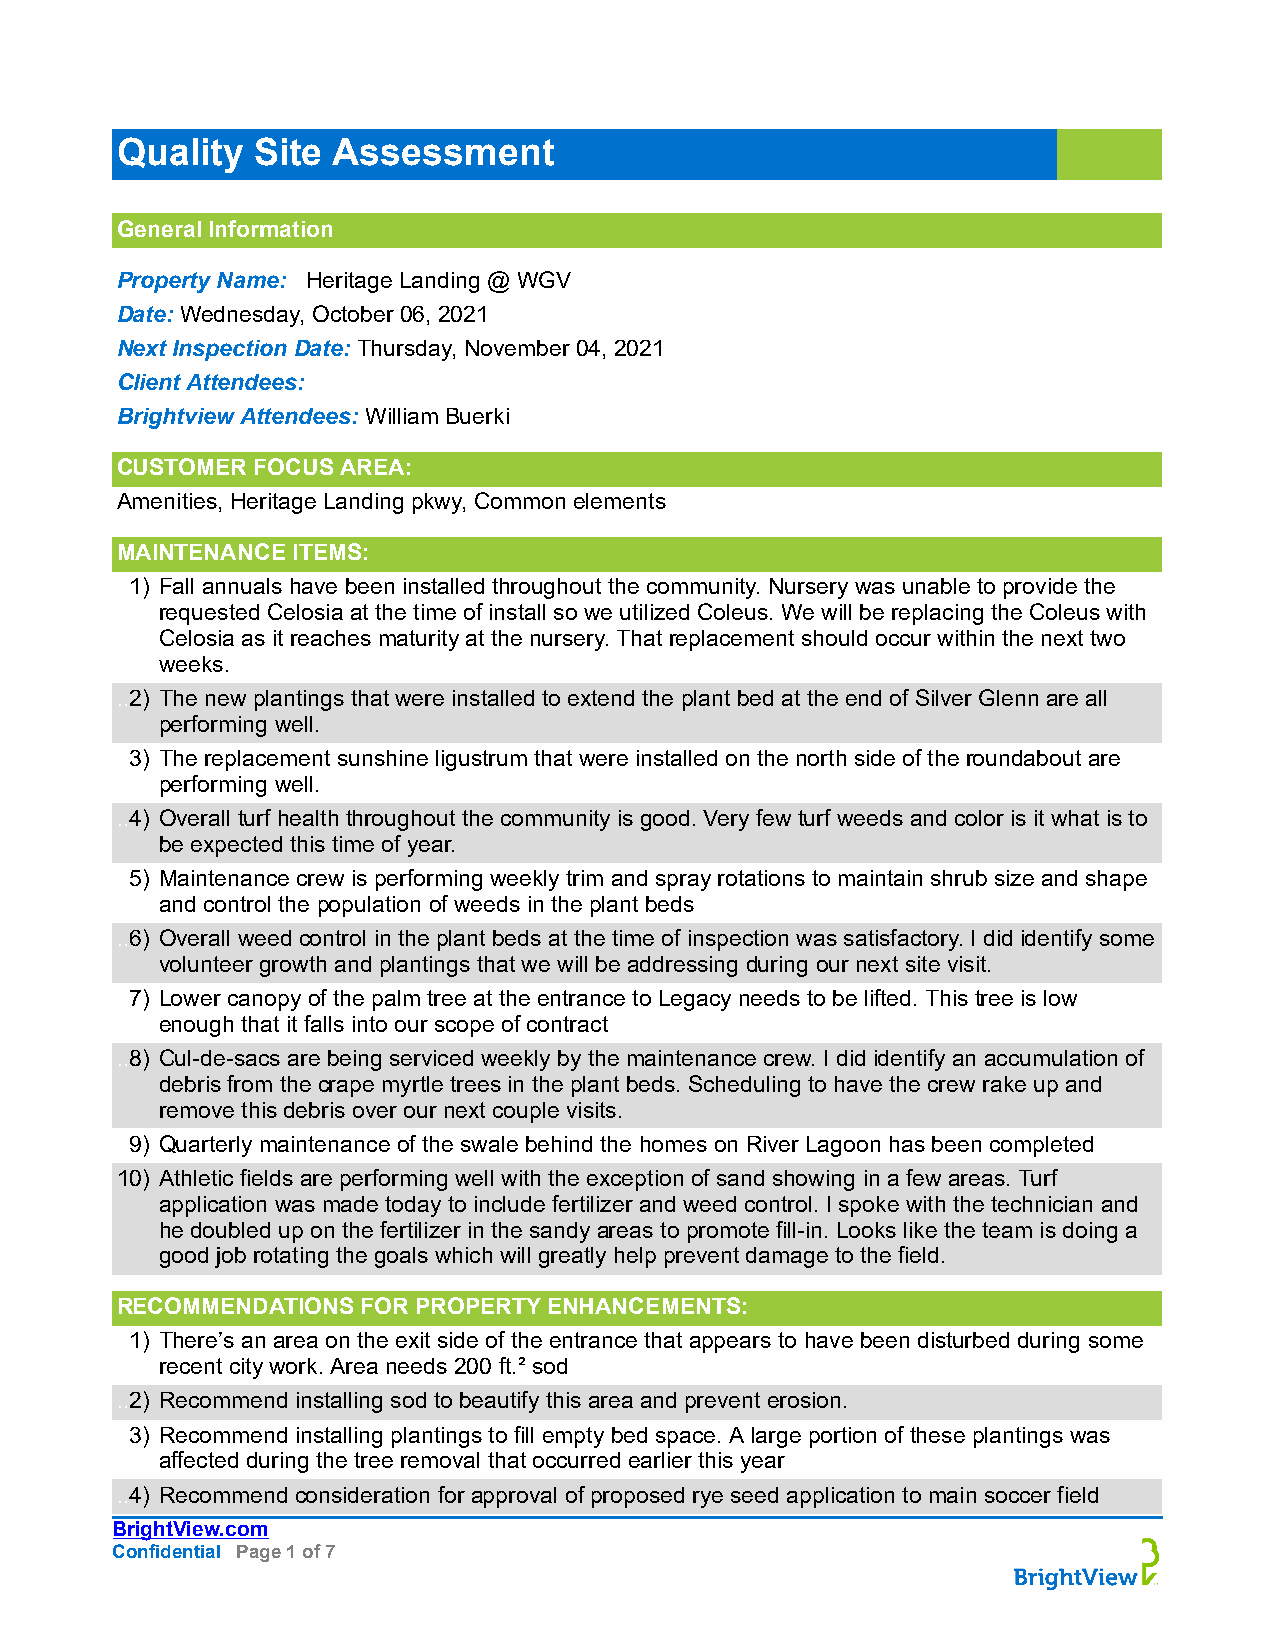
Quality  Site Assessment
 General Information
 Property Name: Heritage Landing @ WGV
 Date: Wednesday, October 06, 2021
 Next Inspection Date: Thursday, November 04, 2021
 Client Attendees:
 Brightview Attendees: William Buerki
 CUSTOMER FOCUS AREA:
 Amenities, Heritage Landing pkwy, Common elements
 MAINTENANCE ITEMS:
 1) Fall annuals have been installed throughout the community. Nursery was unable to provide the
 requested Celosia at the time of install so we utilized Coleus. We will be replacing the Coleus with
 Celosia as it reaches maturity at the nursery. That replacement should occur within the next two
 weeks.
 ..2) The new plantings that were installed to extend the plant bed at the end of Silver Glenn are all
 performing well.
 3) The replacement sunshine ligustrum that were installed on the north side of the roundabout are
 performing well.
 ..4) Overall turf health throughout the community is good. Very few turf weeds and color is it what is to
 be expected this time of year.
 5) Maintenance crew is performing weekly trim and spray rotations to maintain shrub size and shape
 and control the population of weeds in the plant beds
 ..6) Overall weed control in the plant beds at the time of inspection was satisfactory. I did identify some
 volunteer growth and plantings that we will be addressing during our next site visit.
 7) Lower canopy of the palm tree at the entrance to Legacy needs to be lifted. This tree is low
 enough that it falls into our scope of contract
 ..8) Cul-de-sacs are being serviced weekly by the maintenance crew. I did identify an accumulation of
 debris from the crape myrtle trees in the plant beds. Scheduling to have the crew rake up and
 remove this debris over our next couple visits.
 9) Quarterly maintenance of the swale behind the homes on River Lagoon has been completed
 10) Athletic fields are performing well with the exception of sand showing in a few areas. Turf
 application was made today to include fertilizer and weed control. I spoke with the technician and
 he doubled up on the fertilizer in the sandy areas to promote fill-in. Looks like the team is doing a
 good job rotating the goals which will greatly help prevent damage to the field.
 RECOMMENDATIONS FOR PROPERTY ENHANCEMENTS:
 1) There’s an area on the exit side of the entrance that appears to have been disturbed during some
 recent city work. Area needs 200 ft.² sod
 ..2) Recommend installing sod to beautify this area and prevent erosion.
 3) Recommend installing plantings to fill empty bed space. A large portion of these plantings was
 affected during the tree removal that occurred earlier this year
 ..4) Recommend consideration for approval of proposed rye seed application to main soccer field
 BrightView.com
 Confidential Page 1 of 7                                             ~